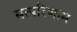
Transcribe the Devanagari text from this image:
सत्परिणाम